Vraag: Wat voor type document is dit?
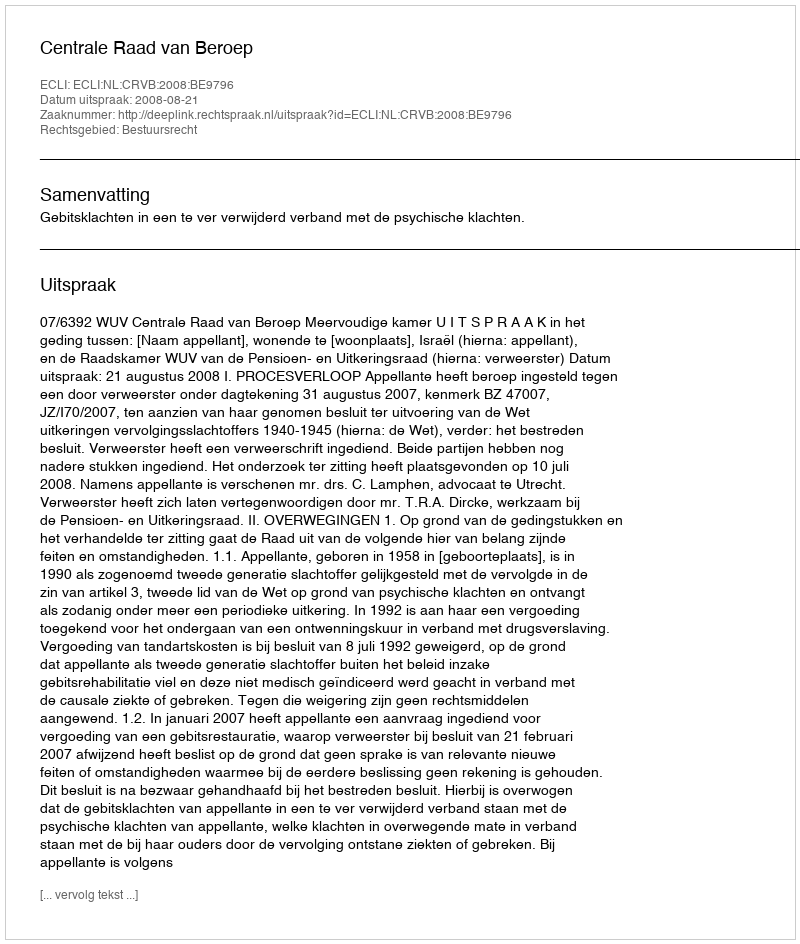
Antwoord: Uitspraak